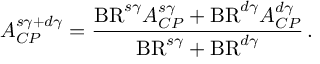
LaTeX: { \cal A } _ { C P } ^ { s \gamma + d \gamma } = { \frac { \mathrm { B R } ^ { s \gamma } { \cal A } _ { C P } ^ { s \gamma } + \mathrm { B R } ^ { d \gamma } { \cal A } _ { C P } ^ { d \gamma } } { \mathrm { B R } ^ { s \gamma } + \mathrm { B R } ^ { d \gamma } } } \, .